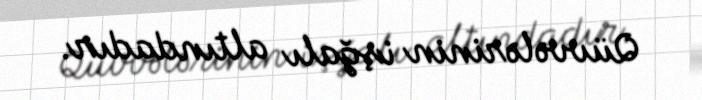
Qüvvələrinin işğalı altındadır.